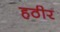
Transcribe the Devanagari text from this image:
हठीर